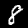
Label: 8